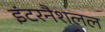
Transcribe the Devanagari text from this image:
इंटरनैशलल